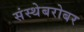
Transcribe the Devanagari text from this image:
संस्थेबरोबर